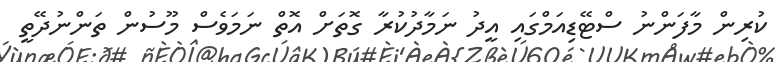
ކުރިން މާފަންނު ސްޓޭޑިއަމްގައި އީދު ނަމާދުކުރާ ގޮތަށް އޮތް ނަމަވެސް މޫސުން ތަންނުދޭތީ